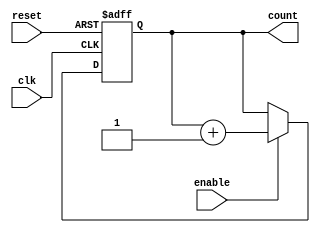
module ring_counter_with_enable (
    input wire clk,
    input wire reset,
    input wire enable,
    output reg [N-1:0] count
);

parameter N = 4; // Number of bits in the counter

always @(posedge clk or posedge reset) begin
    if (reset) begin
        count <= 0;
    end else begin
        if (enable) begin
            count <= count + 1;
        end
    end
end

endmodule